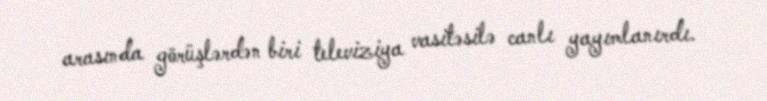
arasında görüşlərdən biri televiziya vasitəsilə canlı yayımlanırdı.